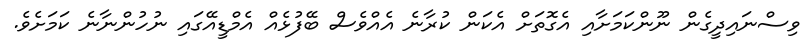
ވިސްނައިދީގެން ނޫންކަމަށާއި އެގޮތަށް އެކަން ކުރާނެ އެއްވެސް ބޭފުޅެއް އެމްޑީއޭގައި ނުހުންނާނެ ކަމަށެވެ.